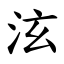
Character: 泫